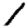
Digit: 1